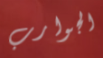
الجوارب